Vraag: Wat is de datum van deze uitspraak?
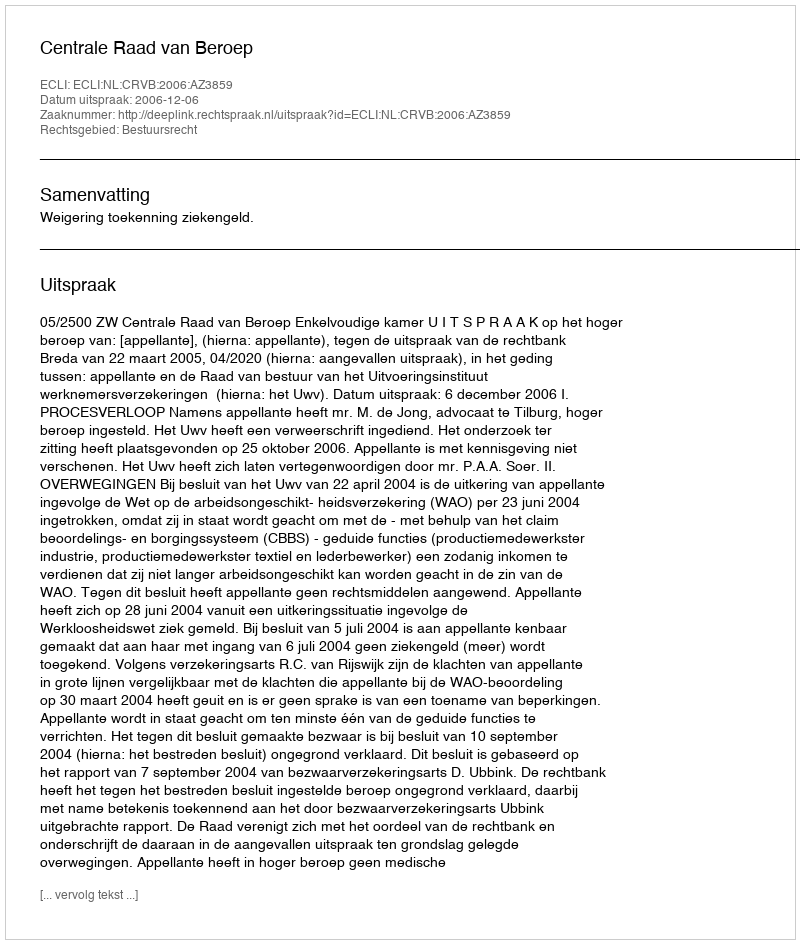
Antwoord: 2006-12-06